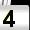
Digit: 4